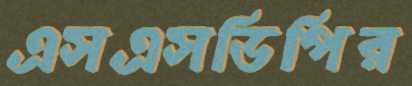
এসএসডিপির